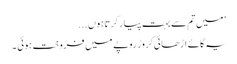
’میں تم سے بہت پیار کرتا ہوں ...
یہ گائے اڑھائی کروڑ روپے میں فروخت ہوئی ۔